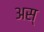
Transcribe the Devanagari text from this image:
अस्‌